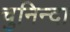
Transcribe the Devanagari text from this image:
चुनिन्‍दा